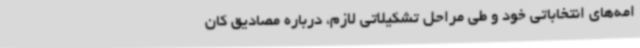
امه‌های انتخاباتی خود و طی مراحل تشکیلاتی لازم، درباره مصادیق کان